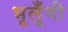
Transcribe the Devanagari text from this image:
भूलूँगी